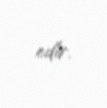
edir.